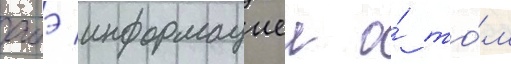
абэ информациеи о́ то́м